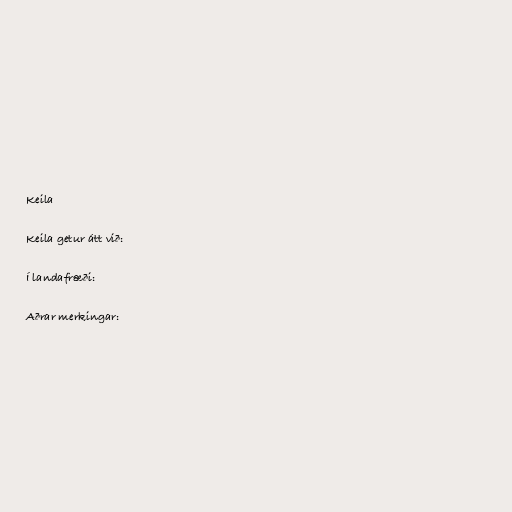
Keila

Keila getur átt við:

Í landafræði:

Aðrar merkingar: